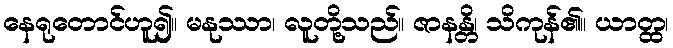
နေရုတောင်ဟူ၍။ မနုဿာ၊ လူတို့သည်။ ဇာနန္တိ၊ သိကုန်၏။ ယာတ္ထ၊